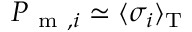
P _ { \mathrm { ~ m ~ } , i } \simeq \langle \sigma _ { i } \rangle _ { \mathrm { T } }